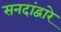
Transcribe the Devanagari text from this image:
सनदांद्वारे